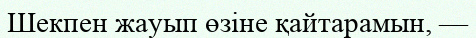
Шекпен жауып өзіне қайтарамын, —